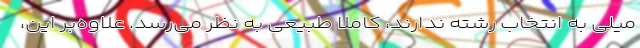
میلی به انتخاب رشته ندارند، کاملا طبیعی به نظر می‌رسد. علاوه‌بر این،